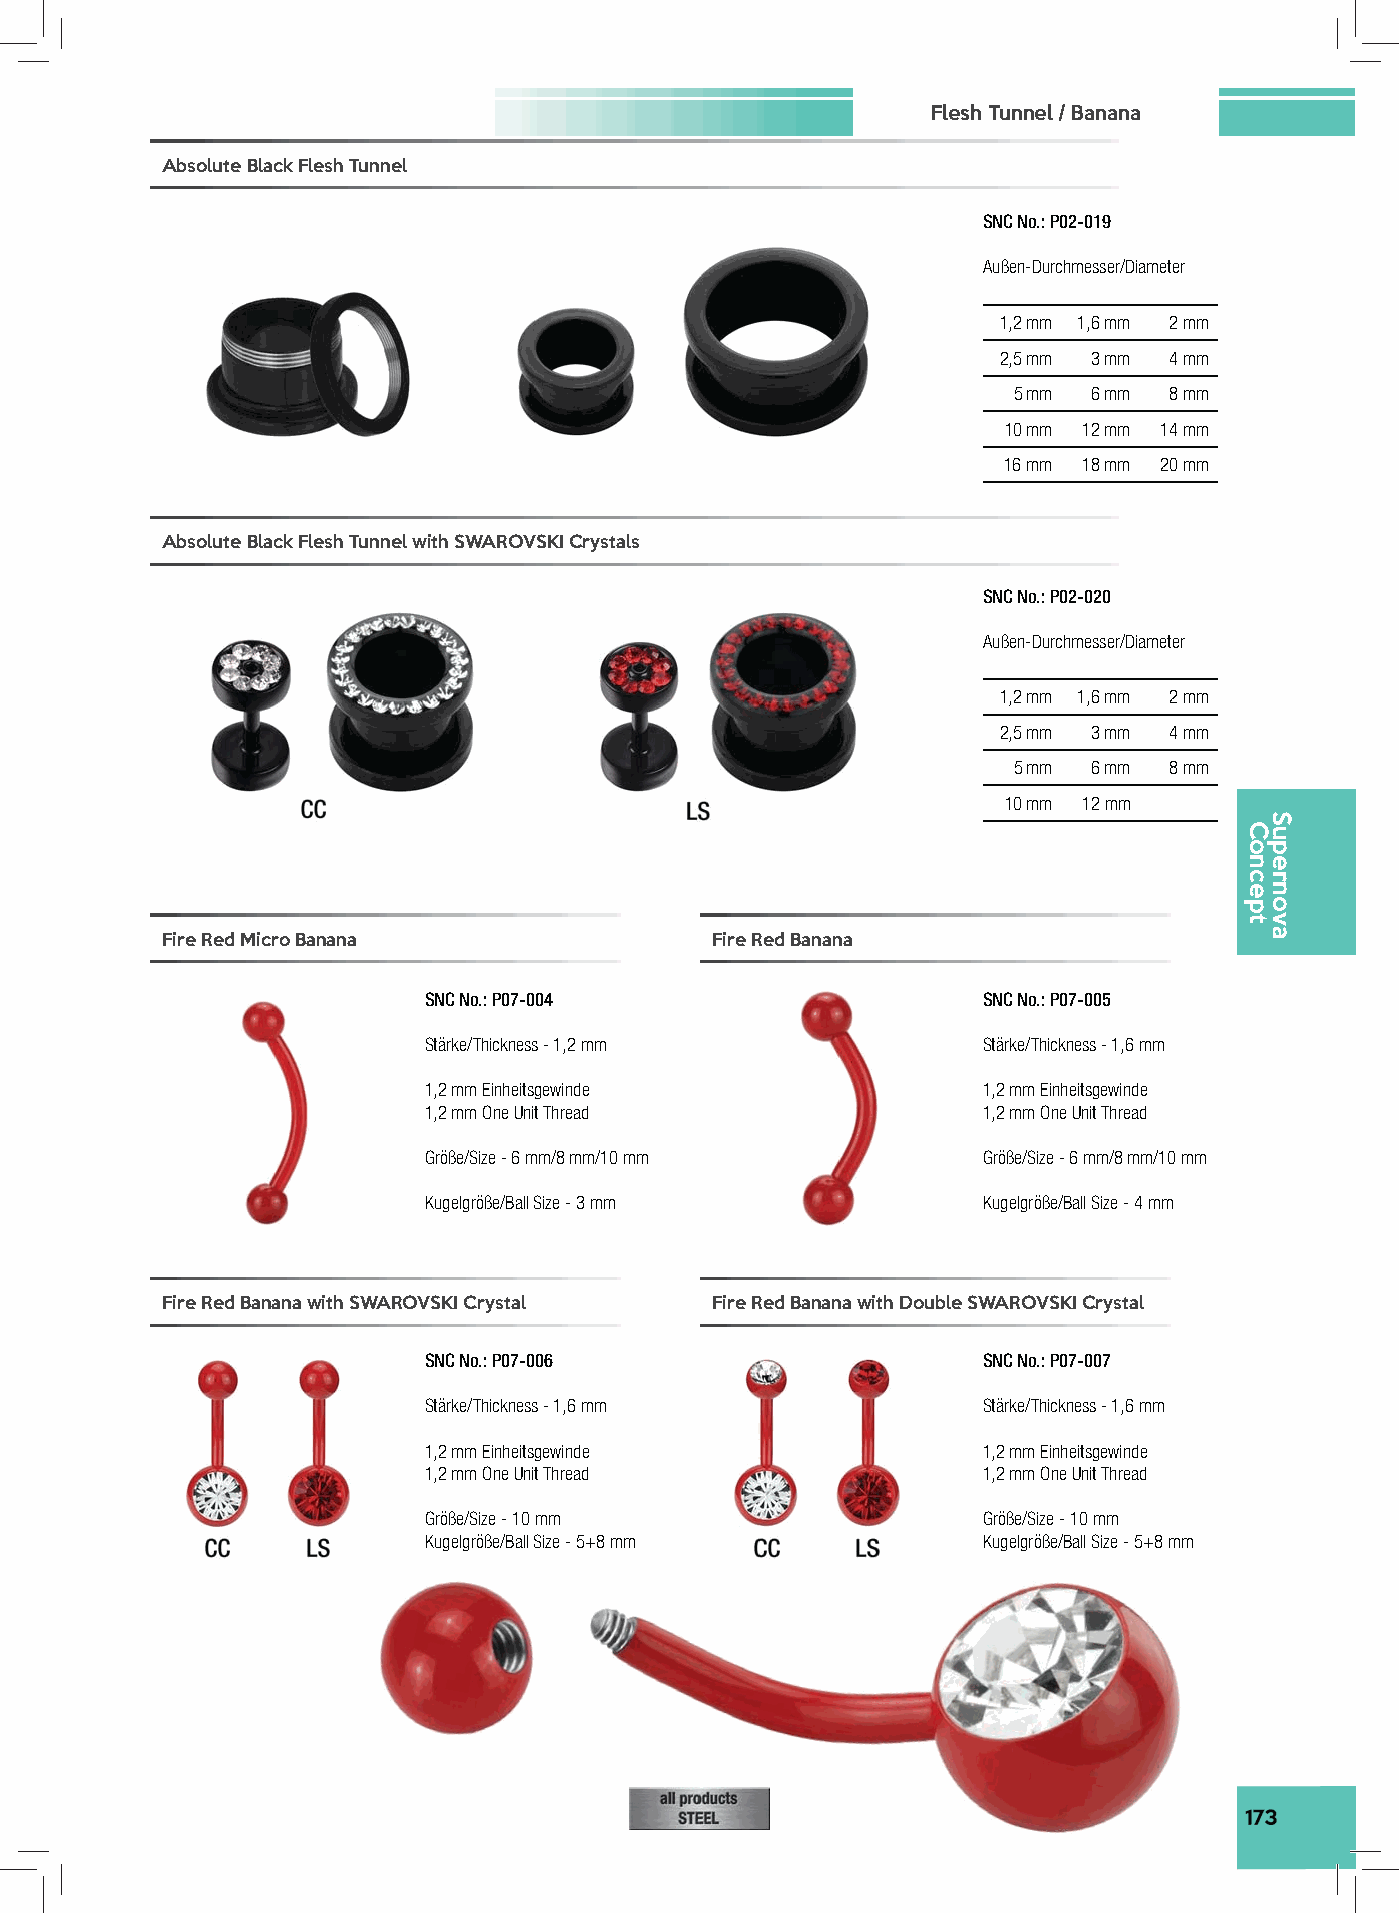
Flesh Tunnel / Banana
 Absolute Black Flesh Tunnel
 SNC No.: P02-019
 Außen-Durchmesser/Diameter
 1,2 mm 1,6 mm 2 mm
 2,5 mm 3 mm 4 mm
 5 mm 6 mm 8 mm
 10 mm 12 mm 14 mm
 16 mm 18 mm 20 mm
 Absolute Black Flesh Tunnel with SWAROVSKI Crystals
 SNC No.: P02-020
 Außen-Durchmesser/Diameter
 1,2 mm 1,6 mm 2 mm
 2,5 mm 3 mm 4 mm
 5 mm 6 mm 8 mm
 10 mm 12 mm
 Fire Red Micro Banana               Fire Red Banana
 SNC No.: P07-004                     SNC No.: P07-005
 Stärke/Thickness - 1,2 mm            Stärke/Thickness - 1,6 mm
 1,2 mm Einheitsgewinde               1,2 mm Einheitsgewinde
 1,2 mm One Unit Thread               1,2 mm One Unit Thread
 Größe/Size - 6 mm/8 mm/10 mm         Größe/Size - 6 mm/8 mm/10 mm
 Kugelgröße/Ball Size - 3 mm          Kugelgröße/Ball Size - 4 mm
 Fire Red Banana with SWAROVSKI Crystal Fire Red Banana with Double SWAROVSKI Crystal
 SNC No.: P07-006                     SNC No.: P07-007
 Stärke/Thickness - 1,6 mm            Stärke/Thickness - 1,6 mm
 1,2 mm Einheitsgewinde               1,2 mm Einheitsgewinde
 1,2 mm One Unit Thread               1,2 mm One Unit Thread
 Größe/Size - 10 mm                   Größe/Size - 10 mm
 Kugelgröße/Ball Size - 5+8 mm        Kugelgröße/Ball Size - 5+8 mm
 173
 Concept
 Supernova